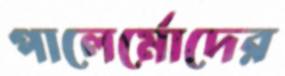
পালের্মোদের